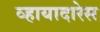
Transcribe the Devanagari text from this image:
व्हायादारेस